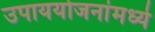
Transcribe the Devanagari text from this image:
उपाययोजनांमध्ये